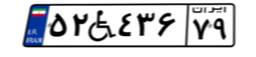
۵۲W۴۳۶۷۹